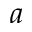
a